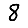
Digit: 8